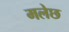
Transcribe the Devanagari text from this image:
मलेछ